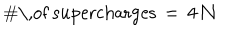
\# \mathrm { \, o f ~ s u p e r c h a r g e s } \, = \, 4 \, \mathcal { N }